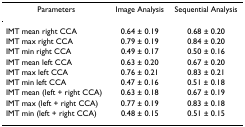
<table><thead><tr><td><b>Parameters</b></td><td><b>Image Analysis</b></td><td><b>Sequential Analysis</b></td></tr></thead><tbody><tr><td>IMT mean right CCA</td><td>0.64 ± 0.19</td><td>0.68 ± 0.20</td></tr><tr><td>IMT max right CCA</td><td>0.79 ± 0.19</td><td>0.84 ± 0.20</td></tr><tr><td>IMT min right CCA</td><td>0.49 ± 0.17</td><td>0.50 ± 0.16</td></tr><tr><td>IMT mean left CCA</td><td>0.63 ± 0.20</td><td>0.67 ± 0.20</td></tr><tr><td>IMT max left CCA</td><td>0.76 ± 0.21</td><td>0.83 ± 0.21</td></tr><tr><td>IMT min left CCA</td><td>0.47 ± 0.16</td><td>0.51 ± 0.18</td></tr><tr><td>IMT mean (left + right CCA)</td><td>0.63 ± 0.18</td><td>0.67 ± 0.19</td></tr><tr><td>IMT max (left + right CCA)</td><td>0.77 ± 0.19</td><td>0.83 ± 0.18</td></tr><tr><td>IMT min (left + right CCA)</td><td>0.48 ± 0.15</td><td>0.51 ± 0.15</td></tr></tbody></table>